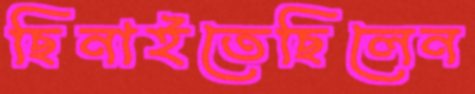
ছিনাইতেছিলেন